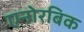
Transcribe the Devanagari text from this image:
एनोरबिक